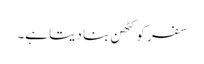
سفر کو کٹھن بنا دیتا ہے۔